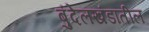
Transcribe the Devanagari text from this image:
बुंदेलखंडातील